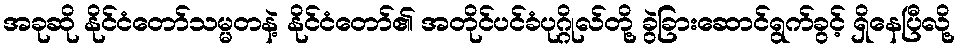
အခုဆို နိုင်ငံတော်သမ္မတနဲ့ နိုင်ငံတော်၏ အတိုင်ပင်ခံပုဂ္ဂိုလ်တို့ ခွဲခြားဆောင်ရွက်ခွင့် ရှိနေပြီလို့